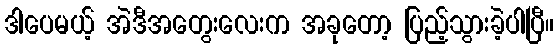
ဒါပေမယ့် အဲဒီအတွေးလေးက အခုတော့ ပြည့်သွားခဲ့ပါပြီ။